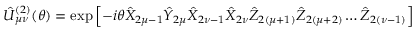
\hat { U } _ { \mu \nu } ^ { ( 2 ) } ( \theta ) = \exp \left[ - i \theta \hat { X } _ { 2 \mu - 1 } \hat { Y } _ { 2 \mu } \hat { X } _ { 2 \nu - 1 } \hat { X } _ { 2 \nu } \hat { Z } _ { 2 ( \mu + 1 ) } \hat { Z } _ { 2 ( \mu + 2 ) } \ldots \hat { Z } _ { 2 ( \nu - 1 ) } \right]